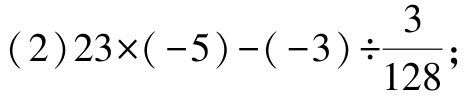
(2)$23\times(-5)-(-3)\div\frac{3}{128}$